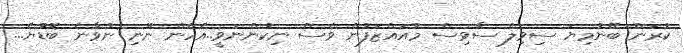
ކުރަން ބޭނުމިޔަ ސިވިލް ސާވިސް މުއައްޒަފުން ވެސް ނިކުންނަވީ..އެހެން ނޫނި ނުވާނެ ބޮޑުުޔެ...